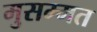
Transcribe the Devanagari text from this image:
मुसम्मत